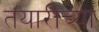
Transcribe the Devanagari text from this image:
तयारीच्या